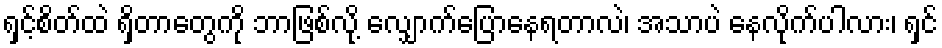
ရှင့်စိတ်ထဲ ရှိတာတွေကို ဘာဖြစ်လို့ လျှောက်ပြောနေရတာလဲ၊ အသာပဲ နေလိုက်ပါလား၊ ရှင်